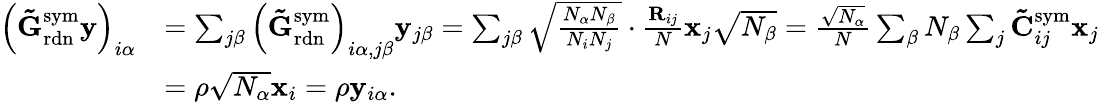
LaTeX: \begin{array}{rl}{\left(\mathbf{\tilde{G}}_{\mathrm{rdn}}^{\mathrm{sym}}\mathbf{y}\right)_{i\alpha}}&{=\sum_{j\beta}\left(\mathbf{\tilde{G}}_{\mathrm{rdn}}^{\mathrm{sym}}\right)_{i\alpha,j\beta}\mathbf{y}_{j\beta}=\sum_{j\beta}\sqrt{\frac{N_{\alpha}N_{\beta}}{N_{i}N_{j}}}\cdot\frac{\mathbf{R}_{ij}}{N}\mathbf{x}_{j}\sqrt{N_{\beta}}=\frac{\sqrt{N_{\alpha}}}{N}\sum_{\beta}N_{\beta}\sum_{j}\mathbf{\tilde{C}}_{ij}^{\mathrm{sym}}\mathbf{x}_{j}}\\ &{=\rho\sqrt{N_{\alpha}}\mathbf{x}_{i}=\rho\mathbf{y}_{i\alpha}.}\end{array}